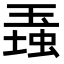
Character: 𤧠